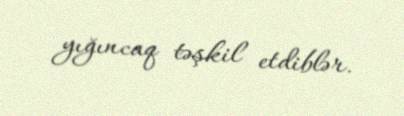
yığıncaq təşkil etdiblər.